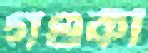
গণ্ডকী